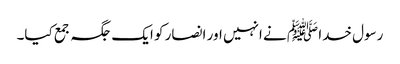
رسول خدا ﷺ نے انہیں اور انصار کو ایک جگہ جمع کیا۔